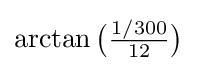
\arctan {\big (}{\tfrac {1/300}{12}}{\big )}